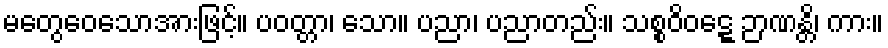
မတွေဝေသောအားဖြင့်။ ပဝတ္တာ၊ သော။ ပညာ၊ ပညာတည်း။ သစ္စဝိဝဋ္ဋေ ဉာဏန္တိ၊ ကား။